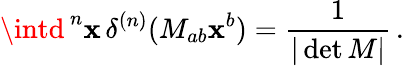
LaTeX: \intd^{\, n}\mathbf{x}\, \delta^{(n)}(M_{ab}\mathbf{x}^{b})={\frac{{1}}{{|\operatorname*{det}M|}}}\, .